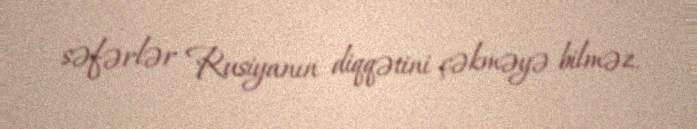
səfərlər Rusiyanın diqqətini çəkməyə bilməz.